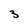
Character: 3